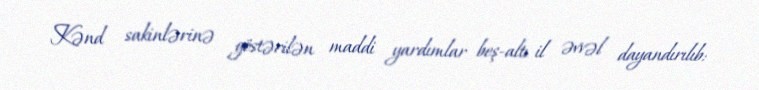
Kənd sakinlərinə göstərilən maddi yardımlar beş-altı il əvvəl dayandırılıb: